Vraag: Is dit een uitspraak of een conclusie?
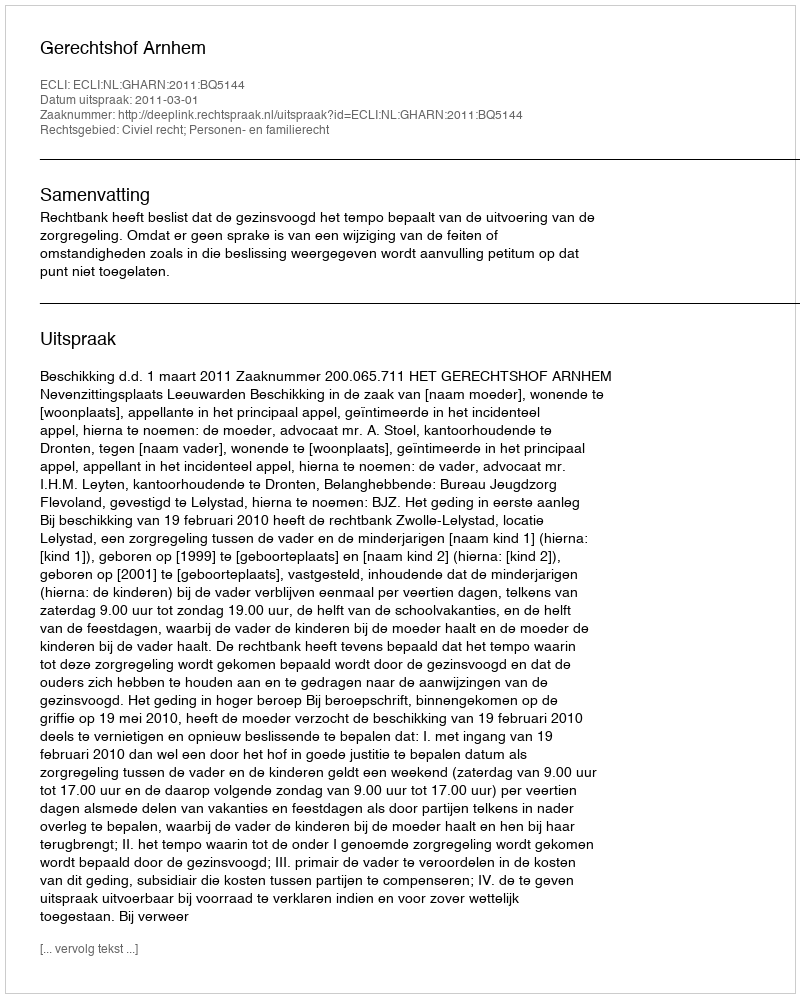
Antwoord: Uitspraak